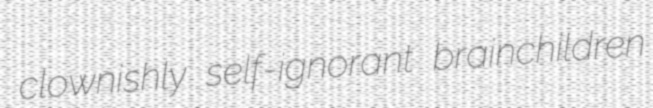
clownishly self-ignorant brainchildren